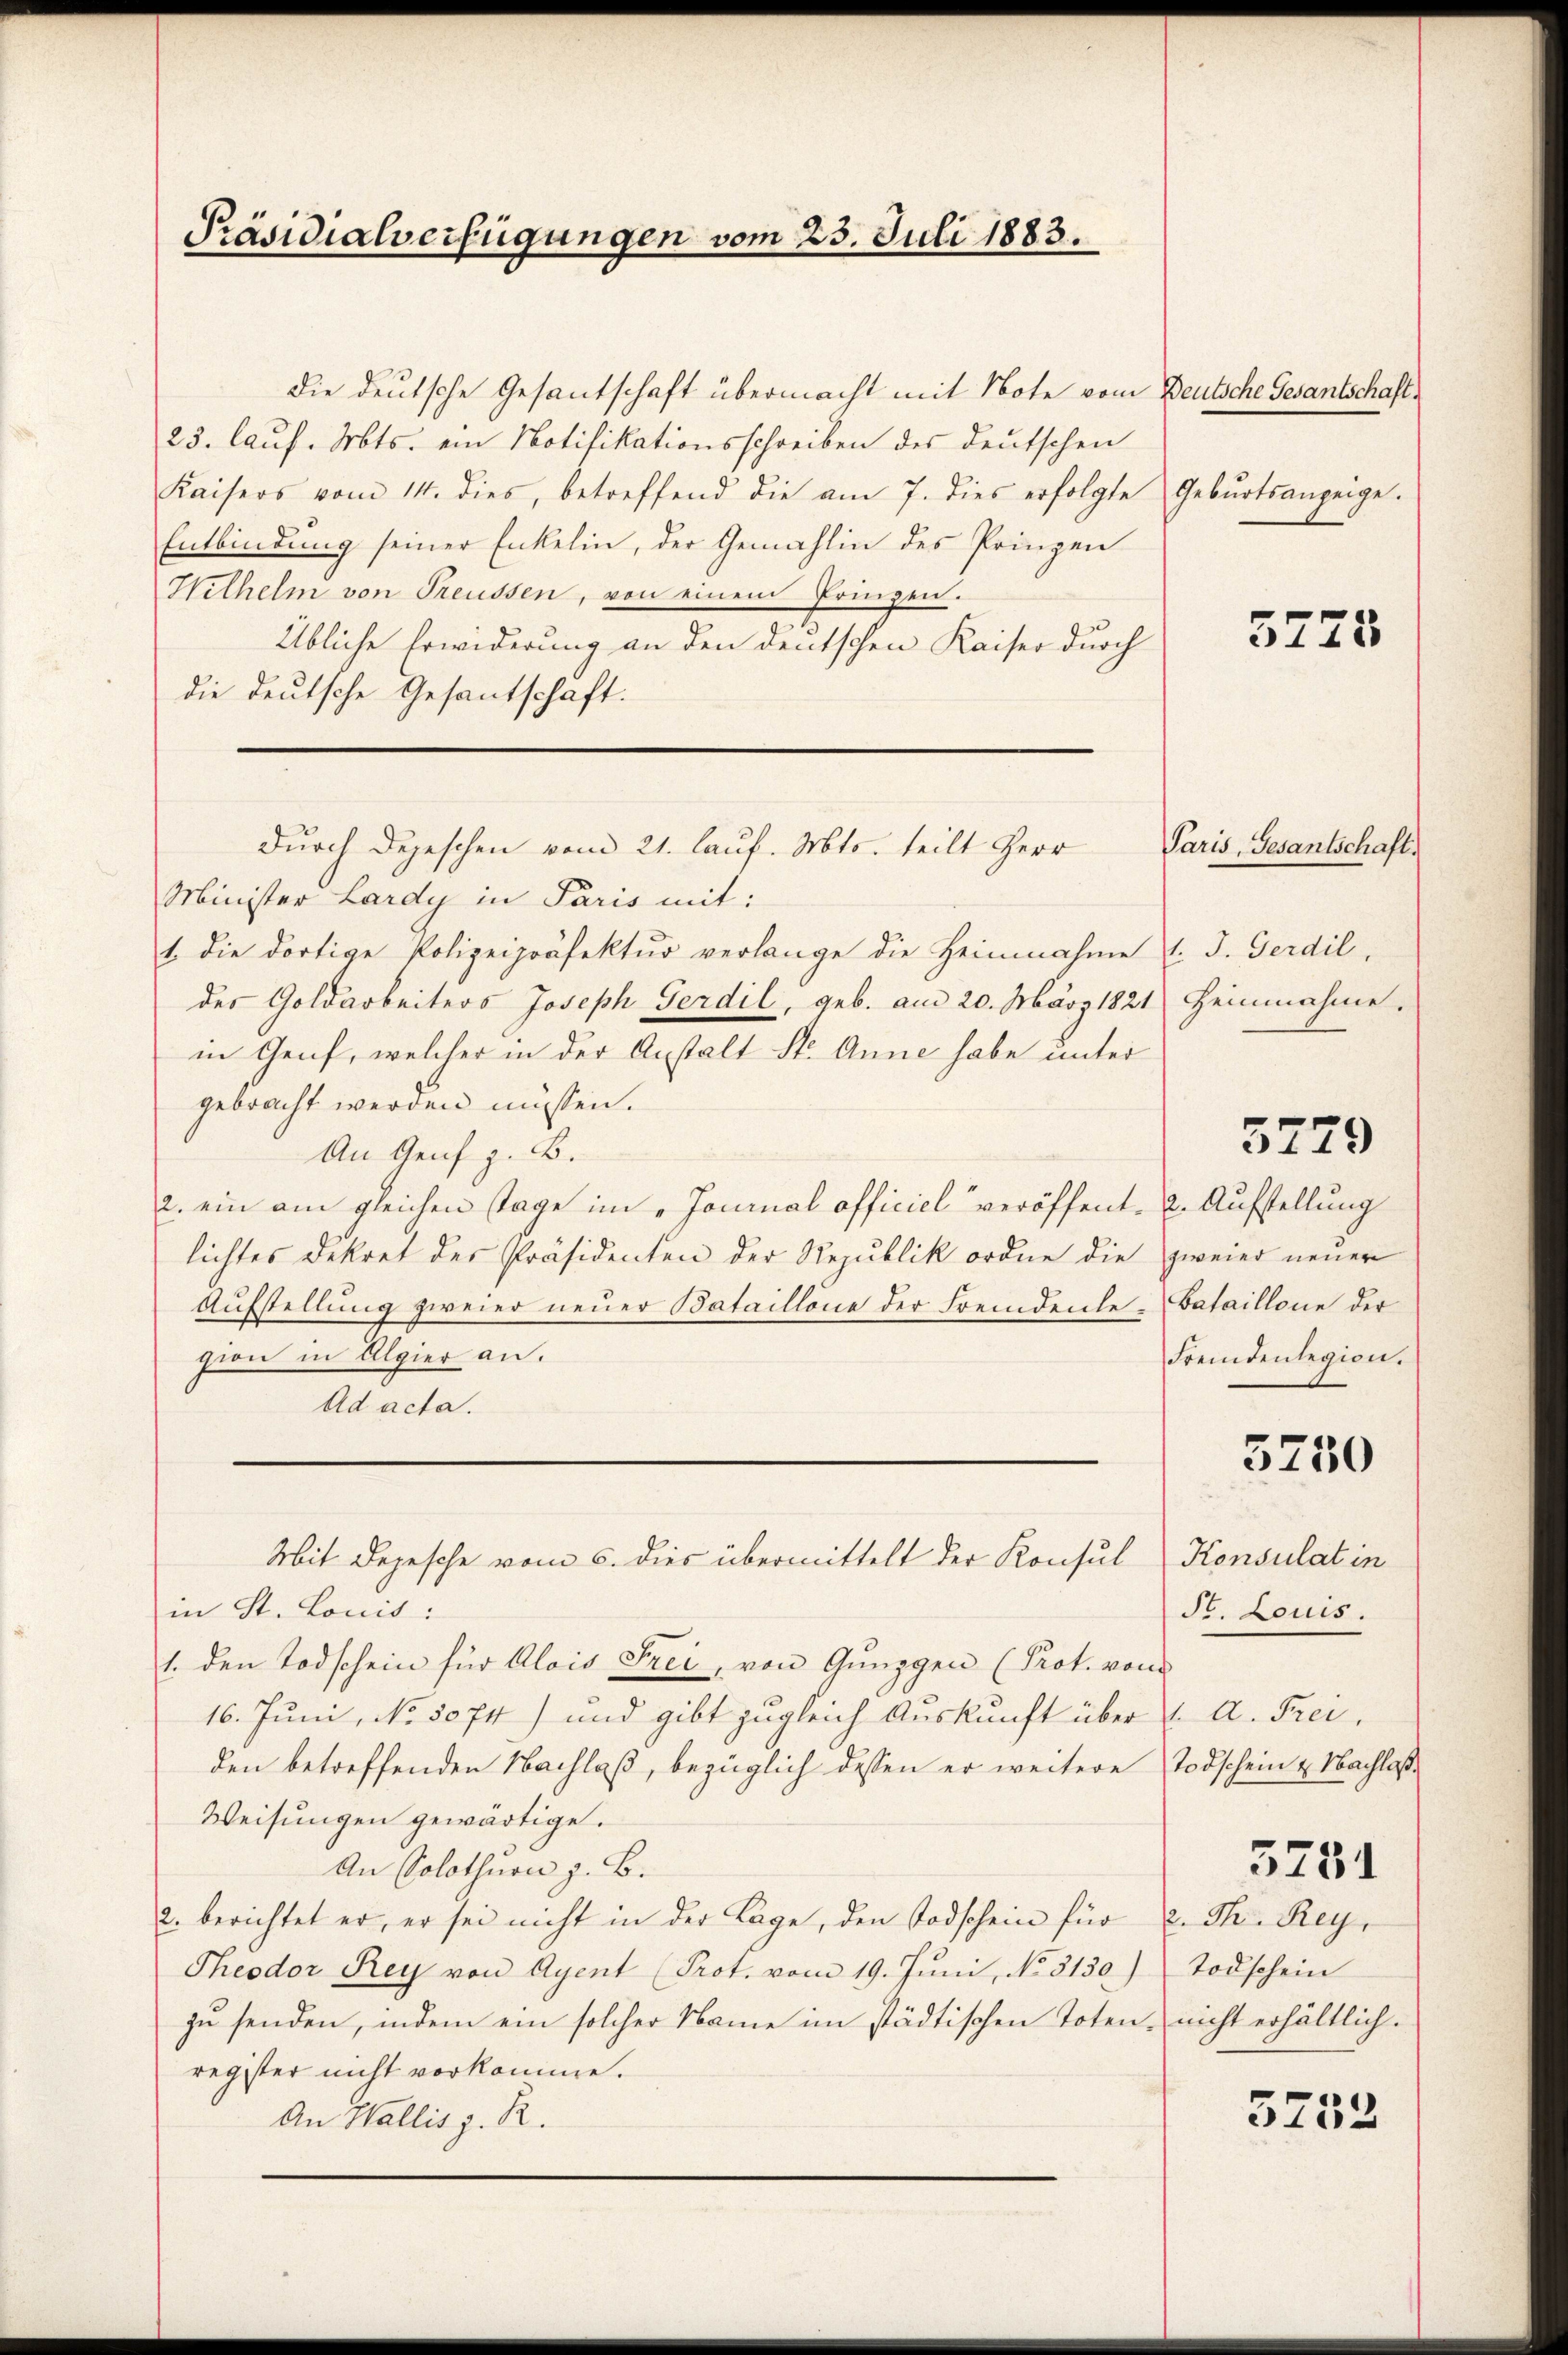
Präsidialverfügungen vom 23. Juli 1883.

die deutsche Gesantschaft übermacht mit Note vom Deutsche Gesantschaft¬
23. lauf. Mts. ein Notifikationsschreiben des deutschen
Kaisers vom 14. dies, betreffend die am 7. dies erfolgte
Entbindung seiner Enkelin, der Gemahlin des Prinzen
Wilhelm von Treussen, von einem Prinzen.
Übliche Erwiderung an den deutschen Kaiser durch
die deutsche Gesantschaft.

Durch Depeschen vom 21. lauf. Mts. teilt Herr

Geburtsanzeige.

Minister Lardy in Paris mit:
1. die dortige Polizeipräfektur verlange die Heinnahme l. J. Ferdil,
des Goldarbeiters Joseph Ferdil, geb. am 20. März 1821
in Genf, welcher in der Anstalt St. Anna habe unter
gebracht werden müssen.
An Genf z. B.
2. ein am gleichen Tage im „Journal officiel veröffent- u. Aufstellung
lichtes Dekret des Präsidenten der Republik ordne die zweier neuer
Aufstellung zweier neuer Bataillone der Fremdenlegion in Algier an.
Ad acta.
Mit Depesche vom 5. dies übermittelt der Konsul
in St. Louis:
1. den Todschein für Alois Frei, von Gunggen (Prot. von
16. Juni, No. 5074) und gibt zugleich Auskunft über
den betreffenden Nachlaß, bezüglich dessen er weitere
Weisungen gewärtige.
An Solothurn z. B.
c. berichtet er, er sei nicht in der Lage, den Todschein für
Theodor Rey von Agent (Prot. vom 19. Juni, No. 3130.)
zu senden, indem ein solcher Name im städtischen Toten, nicht erhältlich.
register nicht vorkomme.
An Wallis z. R.

5775

Paris, Gesantschaft.
Heinnahme.

5779

Bataillone der
Fremdenlegion.

3750

Konsulat in
St. Louis.

1. A. Frei
Todschein & Nachlaß.

5731

2. Th. Rey,
Todschein

3752